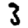
Digit: 3